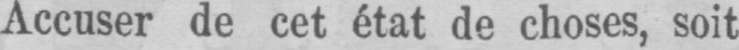
Accuser de cet état de choses, soit